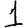
Digit: 1